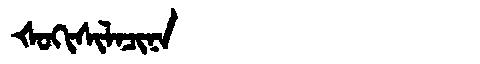
Manchu: ᡧᠣᡴᡳᠰᡳᠯᠠᠴᡳᠨᠠ
Romanization: ŠOKISILACINA